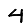
Digit: 4